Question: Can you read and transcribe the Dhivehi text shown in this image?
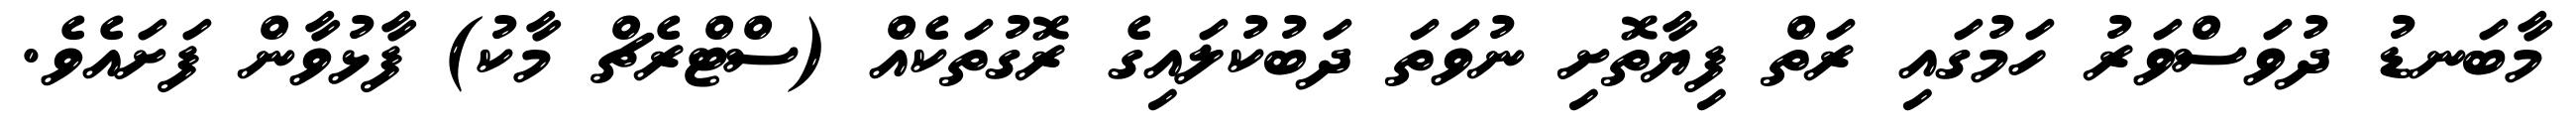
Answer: މާބަނޑު ދުވަސްވަރު ހަމުގައި ރަތް ފިޔާތޮށި ނުވަތަ ދަބުކުލައިގެ ރޮގުތަކެއް (ސްޓްރެޗް މާކު) ފާޅުވާން ފަށައެވެ.